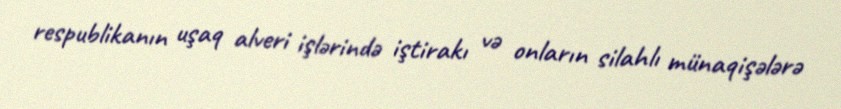
respublikanın uşaq alveri işlərində iştirakı və onların silahlı münaqişələrə